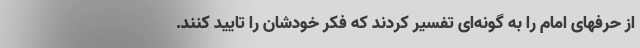
از حرفهای امام را به گونه‌ای تفسیر کردند که فکر خودشان را تایید کنند.